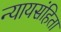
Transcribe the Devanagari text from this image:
न्यायसंहिता